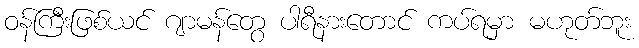
ဝန်ကြီးဖြစ်ယင် ဂျာမန်တွေ ပါရီနားတောင် ကပ်ရမှာ မဟုတ်ဘူး